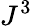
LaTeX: J^{3}